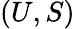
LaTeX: (U,S)